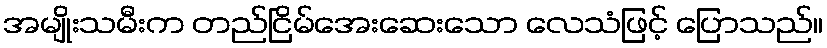
အမျိုးသမီးက တည်ငြိမ်အေးဆေးသော လေသံဖြင့် ပြောသည်။